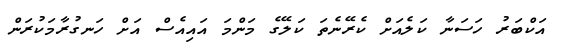
އަކްބަރު ހަސަނާ ކަލެއަށް ކެރޭނެތަ ކަލޭގެ މަންމަ އައިއެސް އަށް ހަނގުރާމަކުރަން